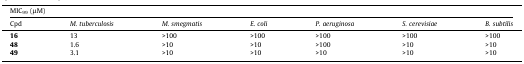
<table><thead><tr><td colspan="7"><b>MIC<sub>99</sub> (μM)</b></td></tr><tr><td><b>Cpd</b></td><td><b><i>M. tuberculosis</i></b></td><td><b><i>M. smegmatis</i></b></td><td><b><i>E. coli</i></b></td><td><b><i>P. aeruginosa</i></b></td><td><b><i>S. cerevisiae</i></b></td><td><b><i>B. subtilis</i></b></td></tr></thead><tbody><tr><td><b>16</b></td><td>13</td><td>&gt;100</td><td>&gt;100</td><td>&gt;100</td><td>&gt;100</td><td>&gt;100</td></tr><tr><td><b>48</b></td><td>1.6</td><td>&gt;10</td><td>&gt;10</td><td>&gt;100</td><td>&gt;10</td><td>&gt;10</td></tr><tr><td><b>49</b></td><td>3.1</td><td>&gt;10</td><td>&gt;10</td><td>&gt;10</td><td>&gt;10</td><td>&gt;10</td></tr></tbody></table>